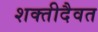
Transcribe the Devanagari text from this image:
शक्तीदैवत